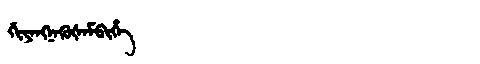
Manchu: ᡤᡳᠶᠠᠩᠨᠠᡴᡠᡧᠠᠮᠪᡳᡥᡝ
Romanization: GIYANGNAKUŠAMBIHE